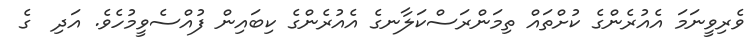
ވެރިވީނަމަ އެއުރެންގެ ކުށްތައް ތިމަންރަސްކަލާނގެ އެއުރެންގެ ކިބައިން ފުއްސެވީމުހެވެ. އަދި  ގެ